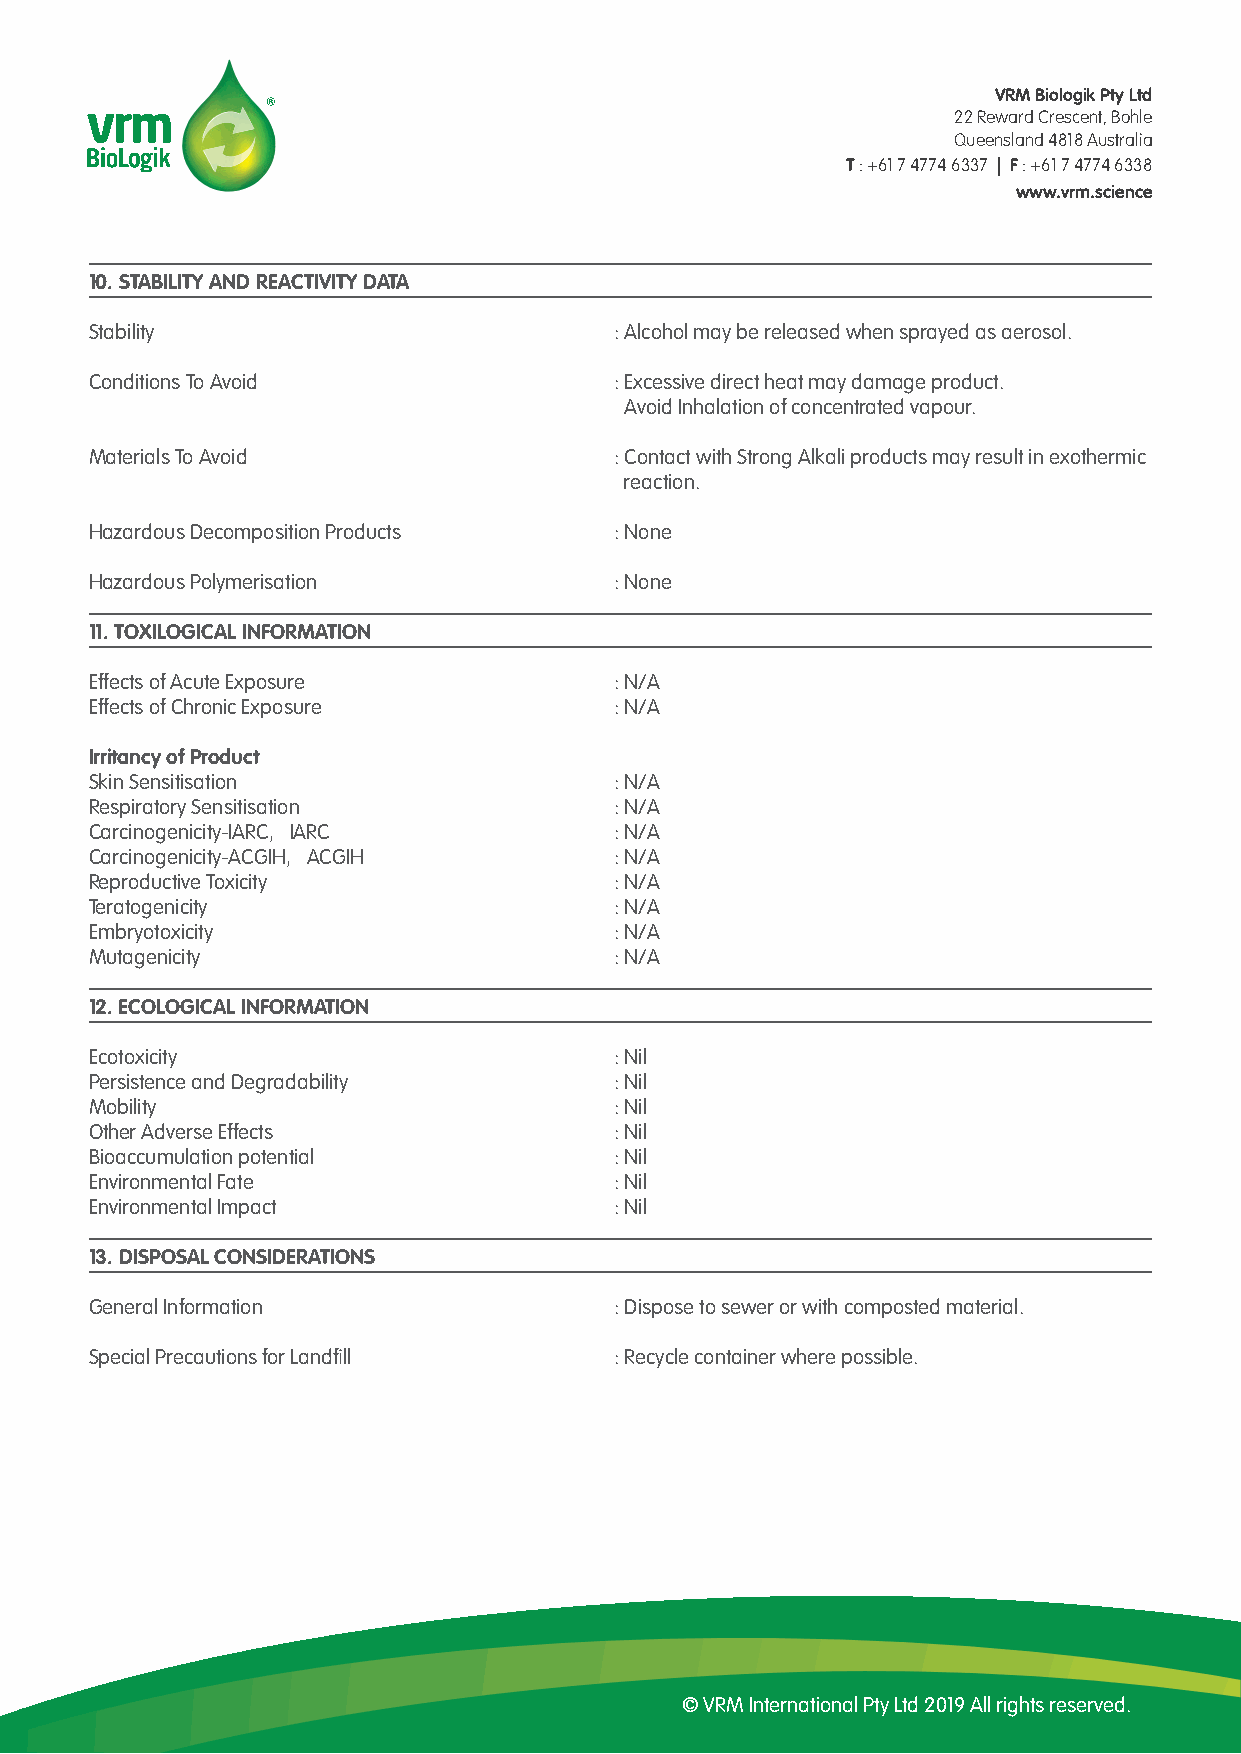
VRM Biologik Pty Ltd
 22 Reward Crescent, Bohle
 Queensland 4818 Australia
 T : +61 7 4774 6337 | F : +61 7 4774 6338
 www.vrm.science
 10. STABILITY AND REACTIVITY DATA
 Stability                          : Alcohol may be released when sprayed as aerosol.
 Conditions To Avoid                : Excessive direct heat may damage product.
 Avoid Inhalation of concentrated vapour.
 Materials To Avoid                 : Contact with Strong Alkali products may result in exothermic
 reaction.
 Hazardous Decomposition Products   : None
 Hazardous Polymerisation           : None
 11. TOXILOGICAL INFORMATION
 Effects of Acute Exposure          : N/A
 Effects of Chronic Exposure        : N/A
 Irritancy of Product
 Skin Sensitisation                 : N/A
 Respiratory Sensitisation          : N/A
 Carcinogenicity-IARC，IARC          : N/A
 Carcinogenicity-ACGIH，ACGIH        : N/A
 Reproductive Toxicity              : N/A
 Teratogenicity                     : N/A
 Embryotoxicity                     : N/A
 Mutagenicity                       : N/A
 12. ECOLOGICAL INFORMATION
 Ecotoxicity                        : Nil
 Persistence and Degradability      : Nil
 Mobility                           : Nil
 Other Adverse Effects              : Nil
 Bioaccumulation potential          : Nil
 Environmental Fate                 : Nil
 Environmental Impact               : Nil
 13. DISPOSAL CONSIDERATIONS
 General Information                : Dispose to sewer or with composted material.
 Special Precautions for Landfill   : Recycle container where possible.
 © VRM International Pty Ltd 2019 All rights reserved.